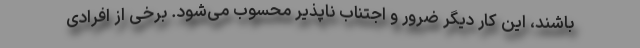
باشند، این کار دیگر ضرور و اجتناب ناپذیر محسوب می‌شود. برخی از افرادی